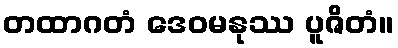
တထာဂတံ ဒေဝမနုဿ ပူဇိတံ။